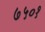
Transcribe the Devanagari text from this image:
७५०१